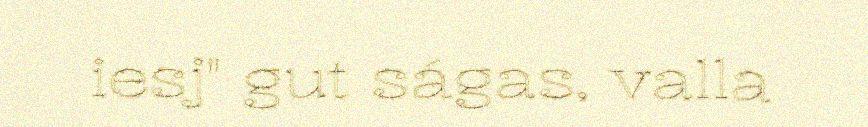
iesj" gut ságas, valla